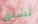
تشنق